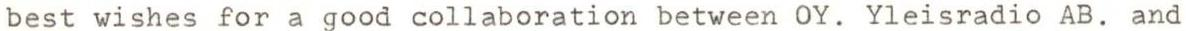
best wishes for a good collaboration between OY. Yleisradio AB. and